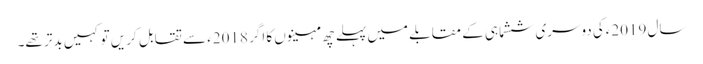
سال 2019ءکی دوسری ششماہی کے مقابلے میں پہلے چھ مہینوں کا اگر 2018ء سے تقابل کریں تو کہیں بدتر تھے۔